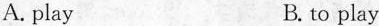
A. play B. to play